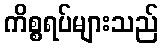
ကိစ္စရပ်များသည်